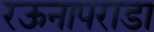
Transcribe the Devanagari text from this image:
रऊनापराडा